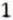
1